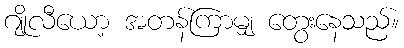
ဂျိုလီယော့ အတန်ကြာမျှ တွေးနေသည်။